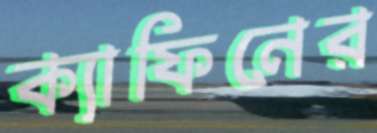
ক্যাফিনের